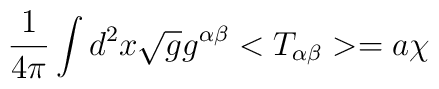
\frac{1}{ 4{\pi}}\int d^2x\sqrt{g}g^{\alpha\beta}<T_{\alpha\beta}> =  a{\chi}